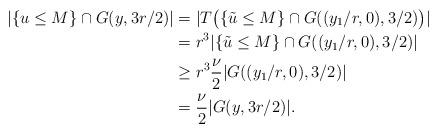
LaTeX: \begin{align*}|\{u\leq M\}\cap G(y,3r/2)|&=|T\bigr(\{\tilde{u}\leq M\}\cap G((y_1/r,0),3/2)\bigl)|\\&=r^3|\{\tilde{u}\leq M\}\cap G((y_1/r,0),3/2) |\\&\geq r^3 \frac{\nu}{2}|G((y_1/r,0),3/2)|\\&= \frac{\nu}{2}|G(y,3r/2)|.\end{align*}